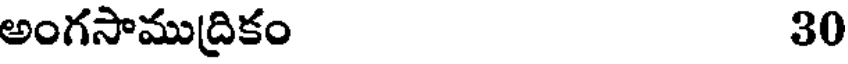
అంగసాముద్రికం 30